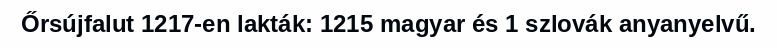
Őrsújfalut 1217-en lakták: 1215 magyar és 1 szlovák anyanyelvű.